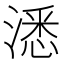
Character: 㴽